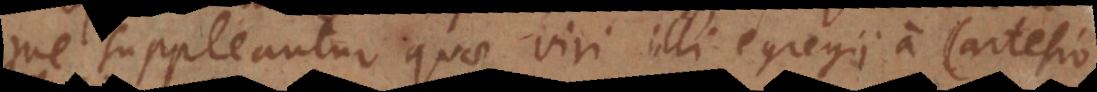
me suppleantur quae viri illi egregii a Cartesio